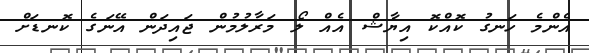
އެންމެ ހަނގު ކޮއްކޮ އިޔާޝް އެއް ލޯ މަރާލުމުން ޖައިދަން އޭނަގެ ކޮނޑަށް